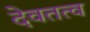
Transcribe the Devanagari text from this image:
देवतत्व